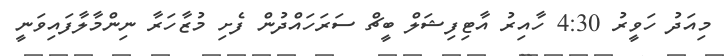
މިއަދު ހަވީރު 4:30 ހާއިރު އާޓިފިޝަލް ބީޗް ސަރަހައްދުން ފެށި މުޒާހަރާ ނިންމާލާފައިވަނީ